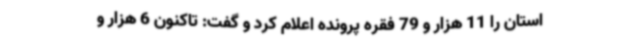
استان را 11 هزار و 79 فقره پرونده اعلام کرد و گفت: تاکنون 6 هزار و